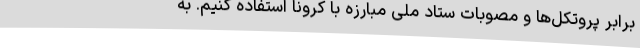
برابر پروتکل‌ها و مصوبات ستاد ملی مبارزه با کرونا استفاده کنیم. به